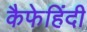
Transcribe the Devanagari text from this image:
कैफेहिंदी